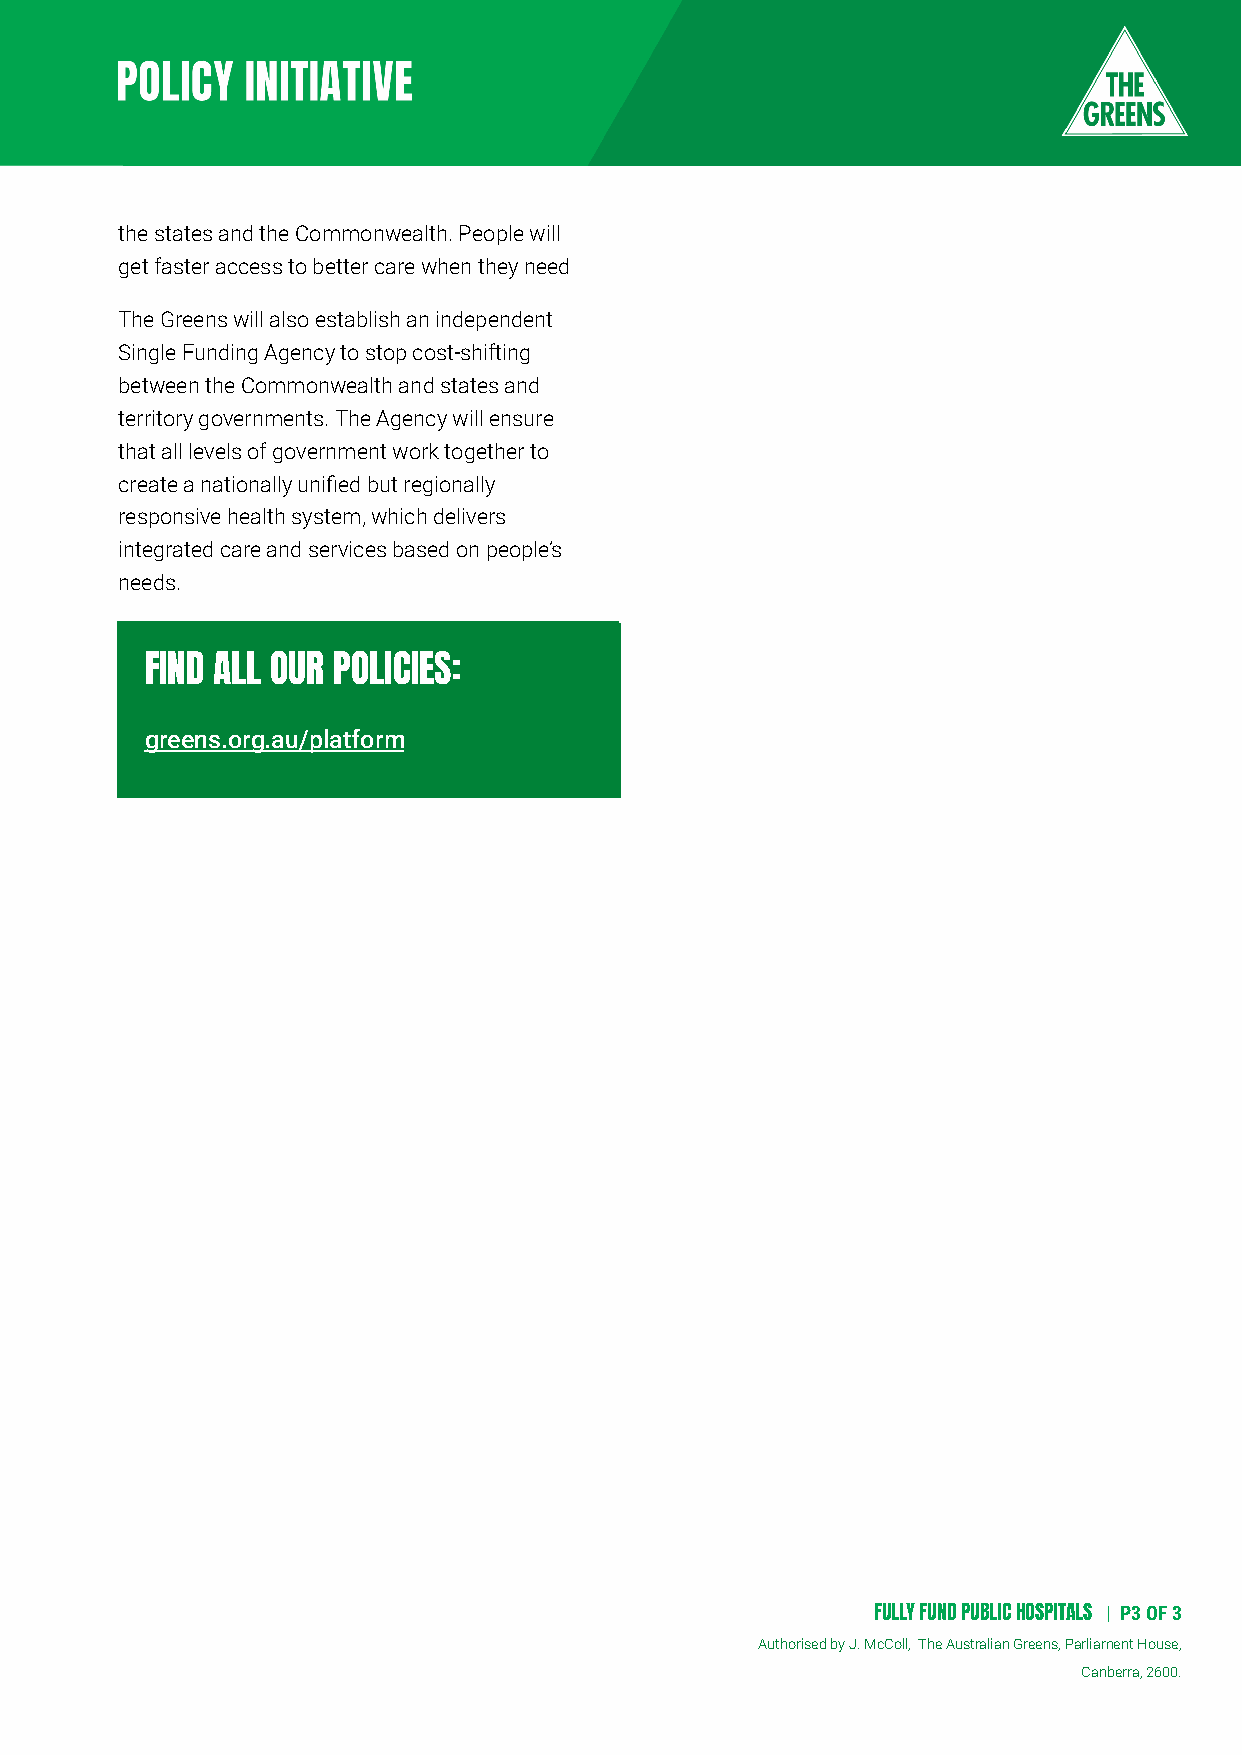
the states and the Commonwealth. People will
 get faster access to better care when they need
 The Greens will also establish an independent
 Single Funding Agency to stop cost-shifting
 between the Commonwealth and states and
 territory governments. The Agency will ensure
 that all levels of government work together to
 create a nationally unified but regionally
 responsive health system, which delivers
 integrated care and services based on people’s
 needs.
 FIND ALL OUR POLICIES:
 greens.org.au/platform
 FULLY FUND PUBLIC HOSPITALS | P3OF 3
 Authorised by J. McColl, The Australian Greens, Parliament House,
 Canberra, 2600.